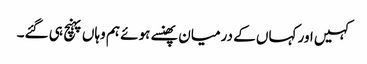
کہیں اور کہاں کے درمیان پھنسے ہوئے ہم وہاں پہنچ ہی گئے۔